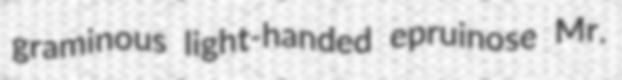
graminous light-handed epruinose Mr.